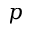
p